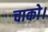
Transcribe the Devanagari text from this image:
चाको।